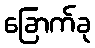
ခြောက်ခု